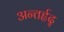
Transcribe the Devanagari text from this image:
अन्तर्हृद्‍